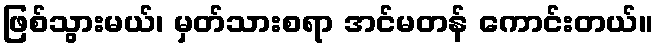
ဖြစ်သွားမယ်၊ မှတ်သားစရာ အင်မတန် ကောင်းတယ်။